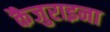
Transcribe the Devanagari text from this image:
कैजुराइना